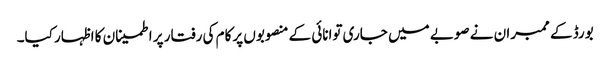
بورڈ کے ممبران نے صوبے میں جاری توانائی کے منصوبوں پرکام کی رفتار پر اطمینان کا اظہار کیا۔